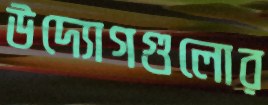
উদ্যোগগুলোর